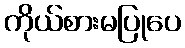
ကိုယ်စားမပြုပေ